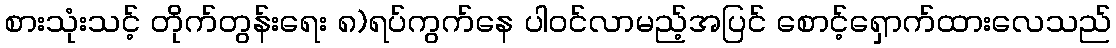
စားသုံးသင့် တိုက်တွန်းရေး ၈)ရပ်ကွက်နေ ပါဝင်လာမည့်အပြင် စောင့်ရှောက်ထားလေသည်